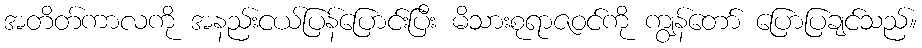
အတိတ်ကာလကို အနည်းငယ်ပြန်ပြောင်းပြီး မိသားစုရာဇဝင်ကို ကျွန်တော် ပြောပြချင်သည်။